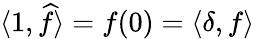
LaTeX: \langle 1,{\widehat{f}}\rangle=f(0)=\langle\delta,f\rangle